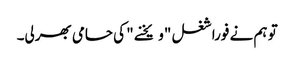
تو ہم نے فورا شغل "ویخنے " کی حامی بھرلی۔